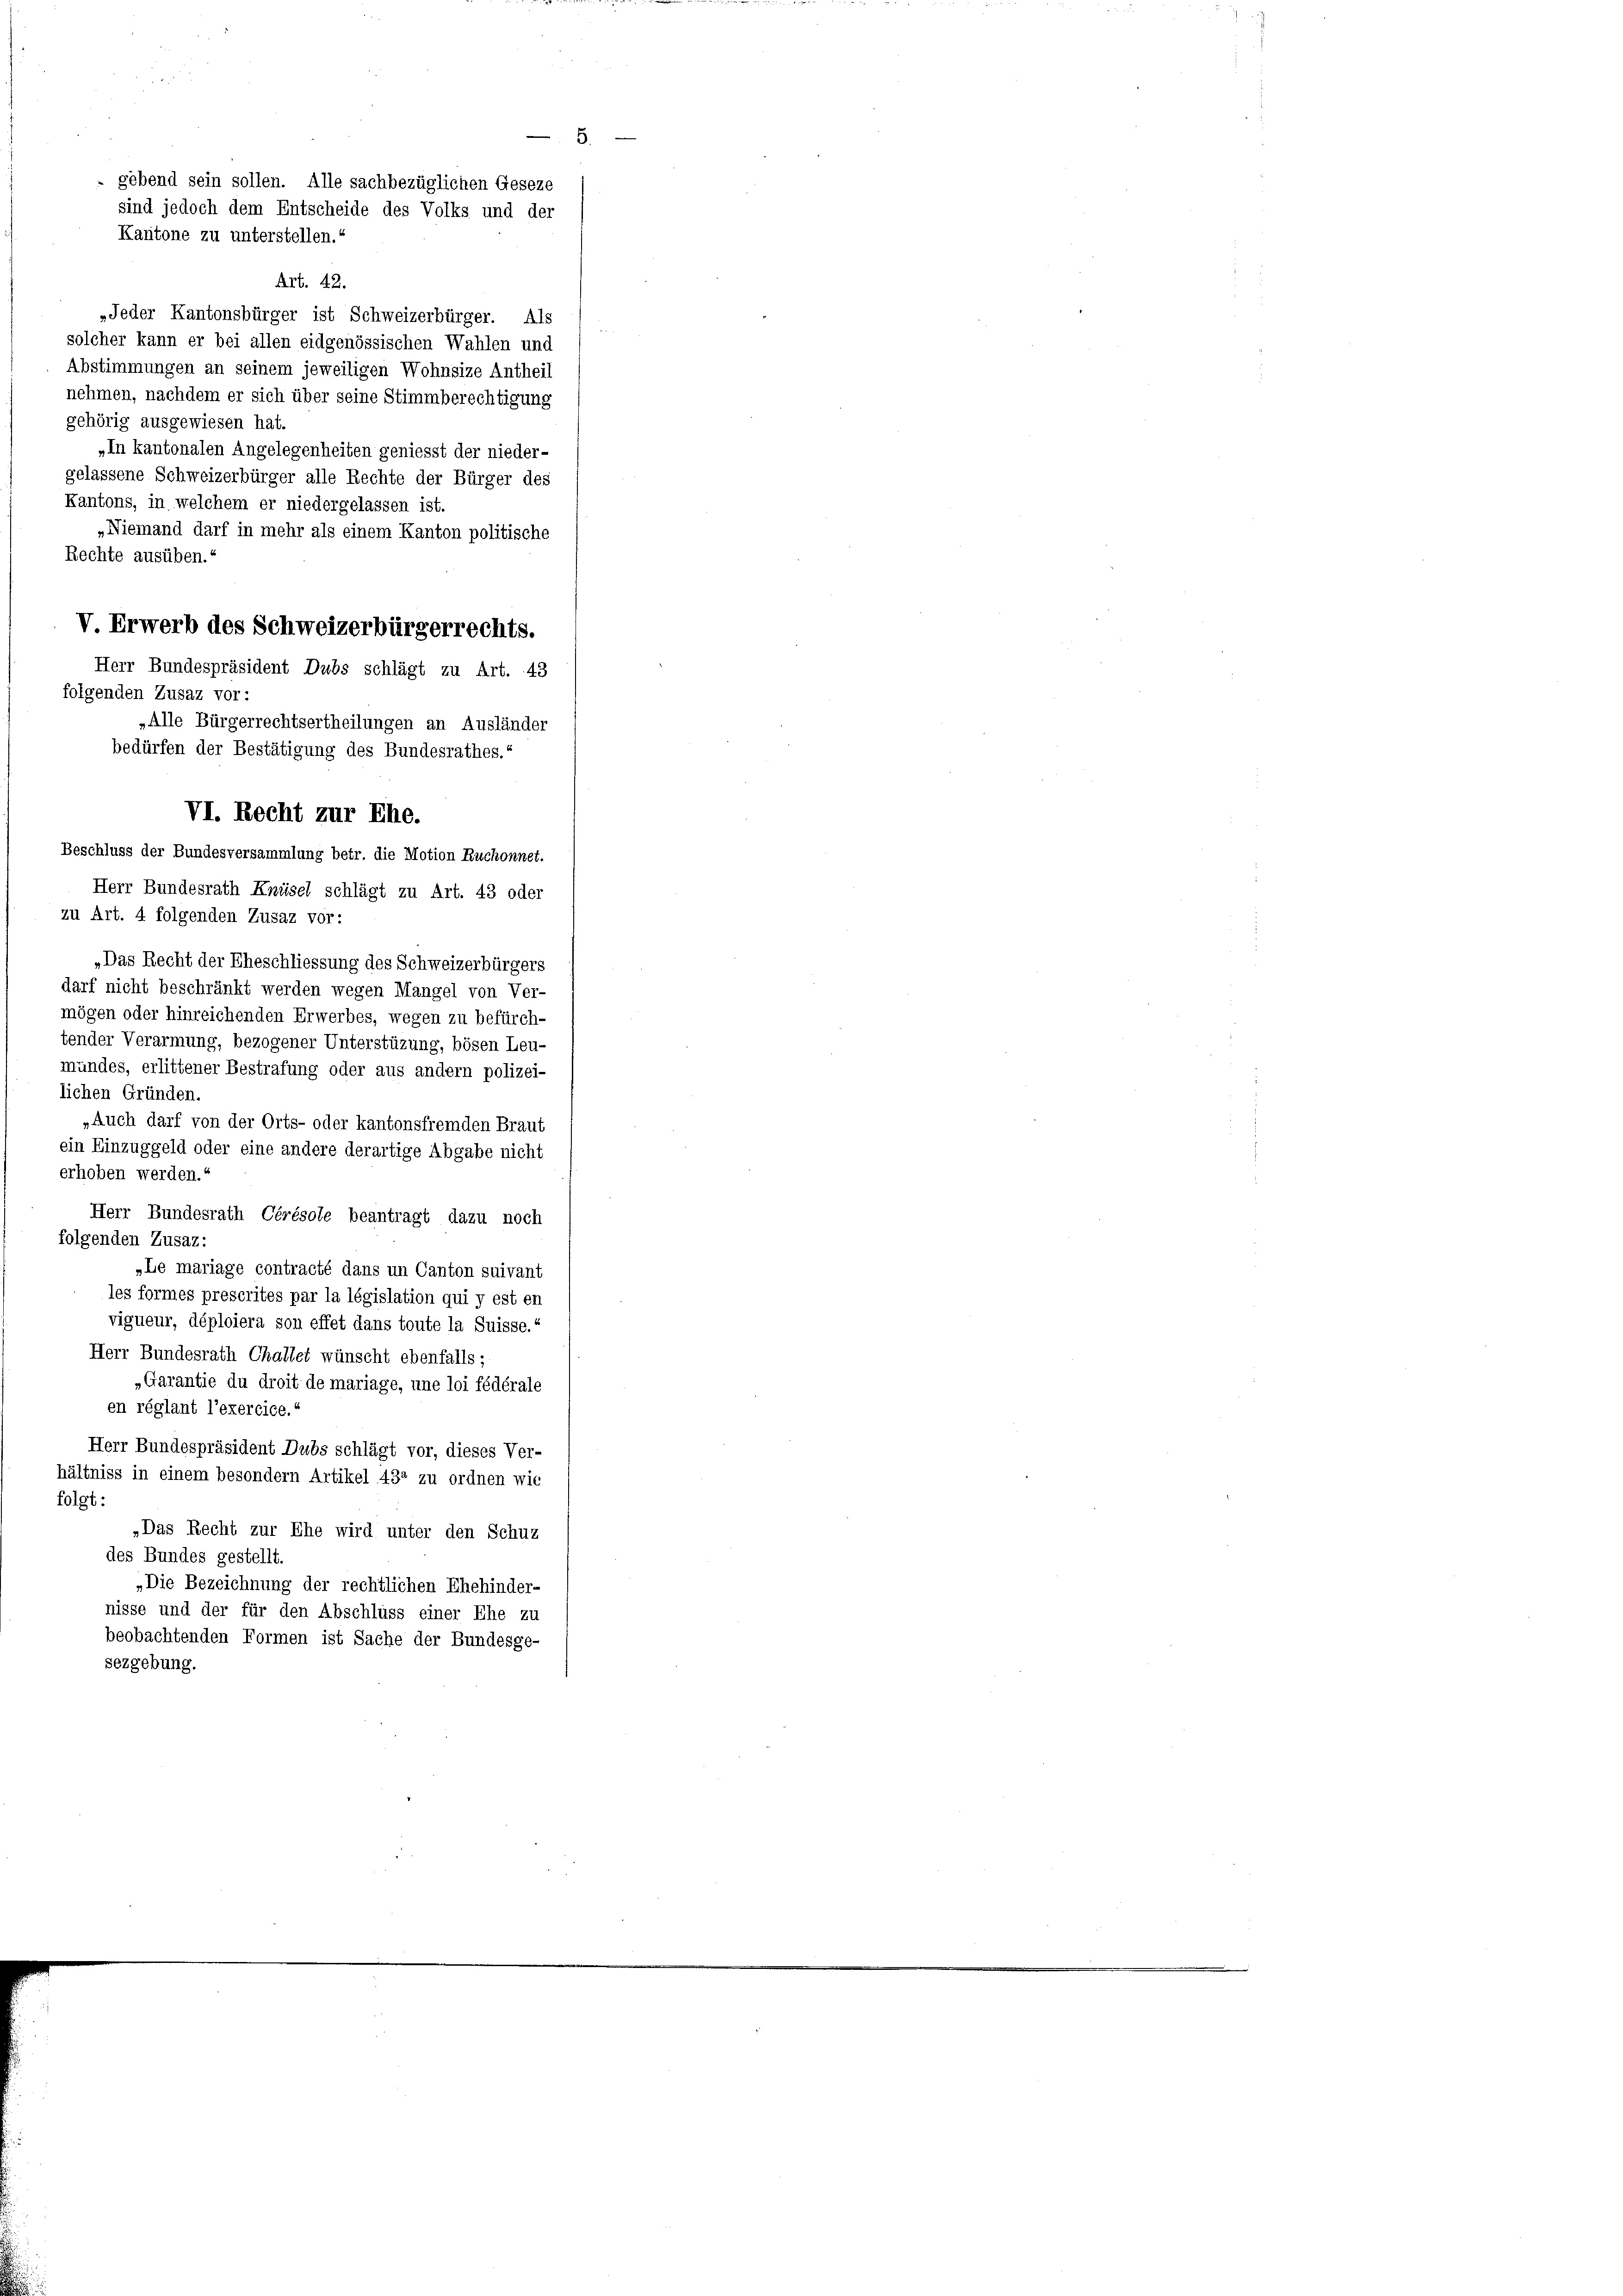
Art. 42.
„Jeder Kantonsbürger ist Schweizerbürger. Als
solcher kann er bei allen eidgenössischen Wahlen und
Abstimmungen an seinem jeweiligen Wohnsize Antheil
nehmen, nachdem er sich über seine Stimmberechtigung
gehörig ausgewiesen hat.
„In kantonalen Angelegenheiten geniesst der nieder-
gelassene Schweizerbürger alle Rechte der Bürger des
Kantons, in welchem er niedergelassen ist.
„Niemand darf in mehr als einem Kanton politische
Rechte ausüben.
V Erwerb des Schweizerbürgerrechts.
Herr Bundespräsident Dubs schlägt zu Art. 43
folgenden Zusaz vor:
„Alle Bürgerrechtsertheilungen an Ausländer
bedürfen der Bestätigung des Bundesrathes.“
Herr Bundesrath Knüsel schlägt zu Art. 43 oder
zu Art. 4 folgenden Zusaz vor:
„Das Recht der Eheschliessung des Schweizerbürgers
darf nicht beschränkt werden wegen Mangel von Ver-
mögen oder hinreichenden Erwerbes, wegen zu befürch-
tender Verarmung, bezogener Unterstüzung, bösen Leu-
mündes, erlittener Bestrafung oder aus andern polizei-
lichen Gründen.
»Auch darf von der Orts- oder kantonsfremden Braut
ein Einzuggeld oder eine andere derartige Abgabe nicht
erhoben werden.“
Herr Bundesrath Cérésole beantragt dazu noch
folgenden Zusaz:
„Le mariage contracté dans un Canton suivant
les formes prescrites par la législation qui y est en
vigueur, déploiera son effet dans toute la Suisse.“
Herr Bundesrath Challet wünscht ebenfalls:
„Garantie du droit de mariage, une loi fédérale
en réglant l’exercice.
Herr Bundespräsident Dubs schlägt vor, dieses Ver-
hältniss in einem besondern Artikel 432 zu ordnen wie
folgt:
„Das Recht zur Ehe wird unter den Schuz
des Bundes gestellt.
„Die Bezeichnung der rechtlichen Ehehinder-
nisse und der für den Abschluss einer Ehe zu
beobachtenden Formen ist Sache der Bundesge-
sezgebung.

5.
 gebend sein sollen. Alle sachbezüglichen Geseze
sind jedoch dem Entscheide des Volks und der
Kantone zu unterstellen.

VI. Recht zur Ehe.

Beschluss der Bundesversammlung betr. die Motion Ruchonnet.